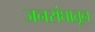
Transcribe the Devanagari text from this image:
जनसंघातून